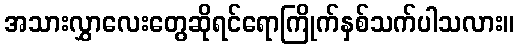
အသားလွှာလေးတွေဆိုရင်ရောကြိုက်နှစ်သက်ပါသလား။